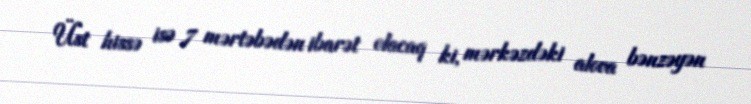
Üst hissə isə 7 mərtəbədən ibarət olacaq ki, mərkəzdəki alova bənzəyən